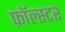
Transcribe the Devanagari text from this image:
फ़ॉल्स्टर